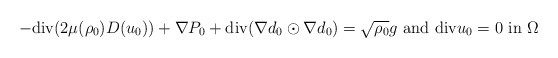
\begin{align*}-{\rm div}(2\mu(\rho_0)D(u_0))+\nabla P_0+{\rm div}(\nabla d_0\odot \nabla d_0)=\sqrt{\rho_0}g \ {\rm and } \ {\rm div}u_0=0\ {\rm in} \ \Omega\end{align*}